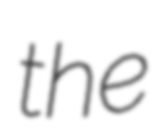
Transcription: the